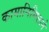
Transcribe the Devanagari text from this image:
कामानिमित्ताने